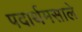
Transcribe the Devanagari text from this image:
पदार्थमसाले